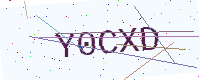
Text: Y0CXD